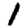
Digit: 1